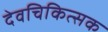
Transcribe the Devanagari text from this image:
देवचिकित्सक